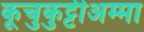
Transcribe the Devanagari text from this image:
कूचुकुट्टीअम्मा